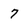
Character: 7